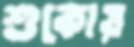
শুকোয়